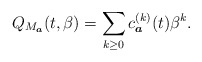
\begin{gather*}Q_{M_{\boldsymbol{a}}}(t,\beta) =\sum_{k \ge 0} c_{ {\boldsymbol{a}}}^{(k)}(t) \beta^k.\end{gather*}